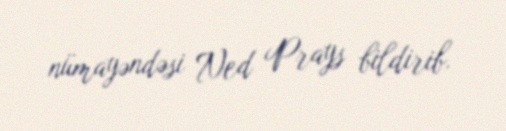
nümayəndəsi Ned Prays bildirib.